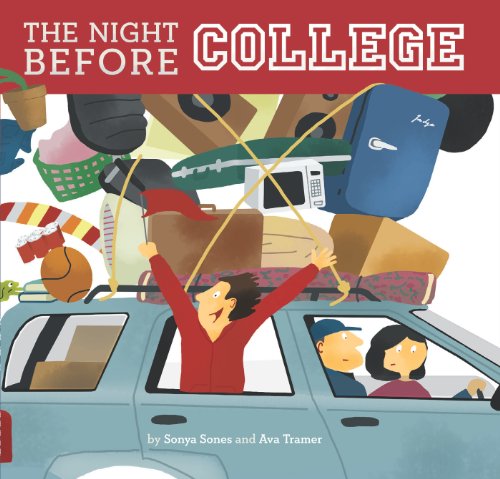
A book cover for The Night Before College; Sonya Sones; Teen & Young Adult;